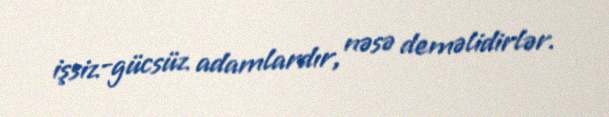
işsiz-gücsüz adamlardır, nəsə deməlidirlər.